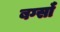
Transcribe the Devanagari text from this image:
बर्ग्साँ